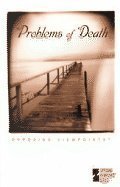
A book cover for Opposing Viewpoints Series - Problems of Death (paperback edition); James D. Torr; Teen & Young Adult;